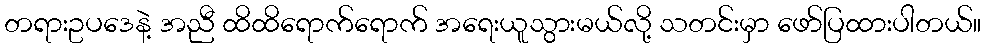
တရားဥပဒေနဲ့ အညီ ထိထိရောက်ရောက် အရေးယူသွားမယ်လို့ သတင်းမှာ ဖော်ပြထားပါတယ်။